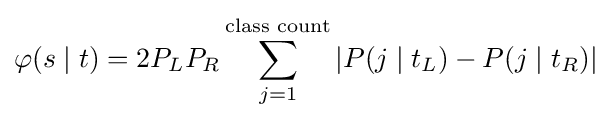
\varphi (s\mid t)=2P_{L}P_{R}\sum _{j=1}^{\text{class count}}|P(j\mid t_{L})-P(j\mid t_{R})|